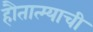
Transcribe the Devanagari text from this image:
हौतात्म्याची